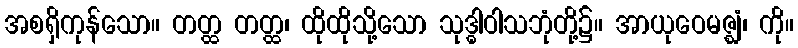
အစရှိကုန်သော။ တတ္ထ တတ္ထ၊ ထိုထိုသို့သော သုဒ္ဓါဝါသဘုံတို့၌။ အာယုဝေမဇ္ဈံ၊ ကို။